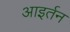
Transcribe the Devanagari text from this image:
आइर्तन